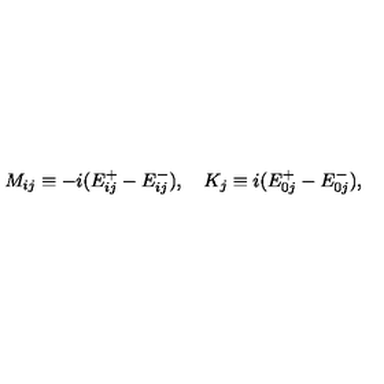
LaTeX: M _ { i j } \equiv - i ( E _ { i j } ^ { + } - E _ { i j } ^ { - } ) , \quad K _ { j } \equiv i ( E _ { 0 j } ^ { + } - E _ { 0 j } ^ { - } ) ,